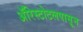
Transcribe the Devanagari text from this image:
ॲरिस्टोटलपासून